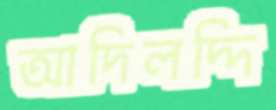
আদিলদ্দি